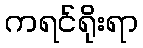
ကရင်ရိုးရာ